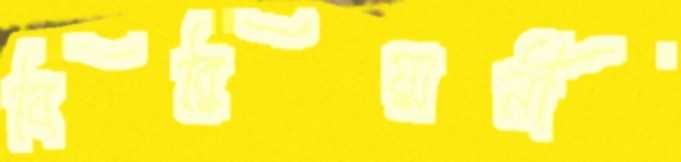
বিরিয়ানী